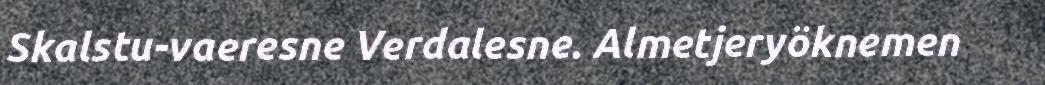
Skalstu-vaeresne Verdalesne. Almetjeryöknemen